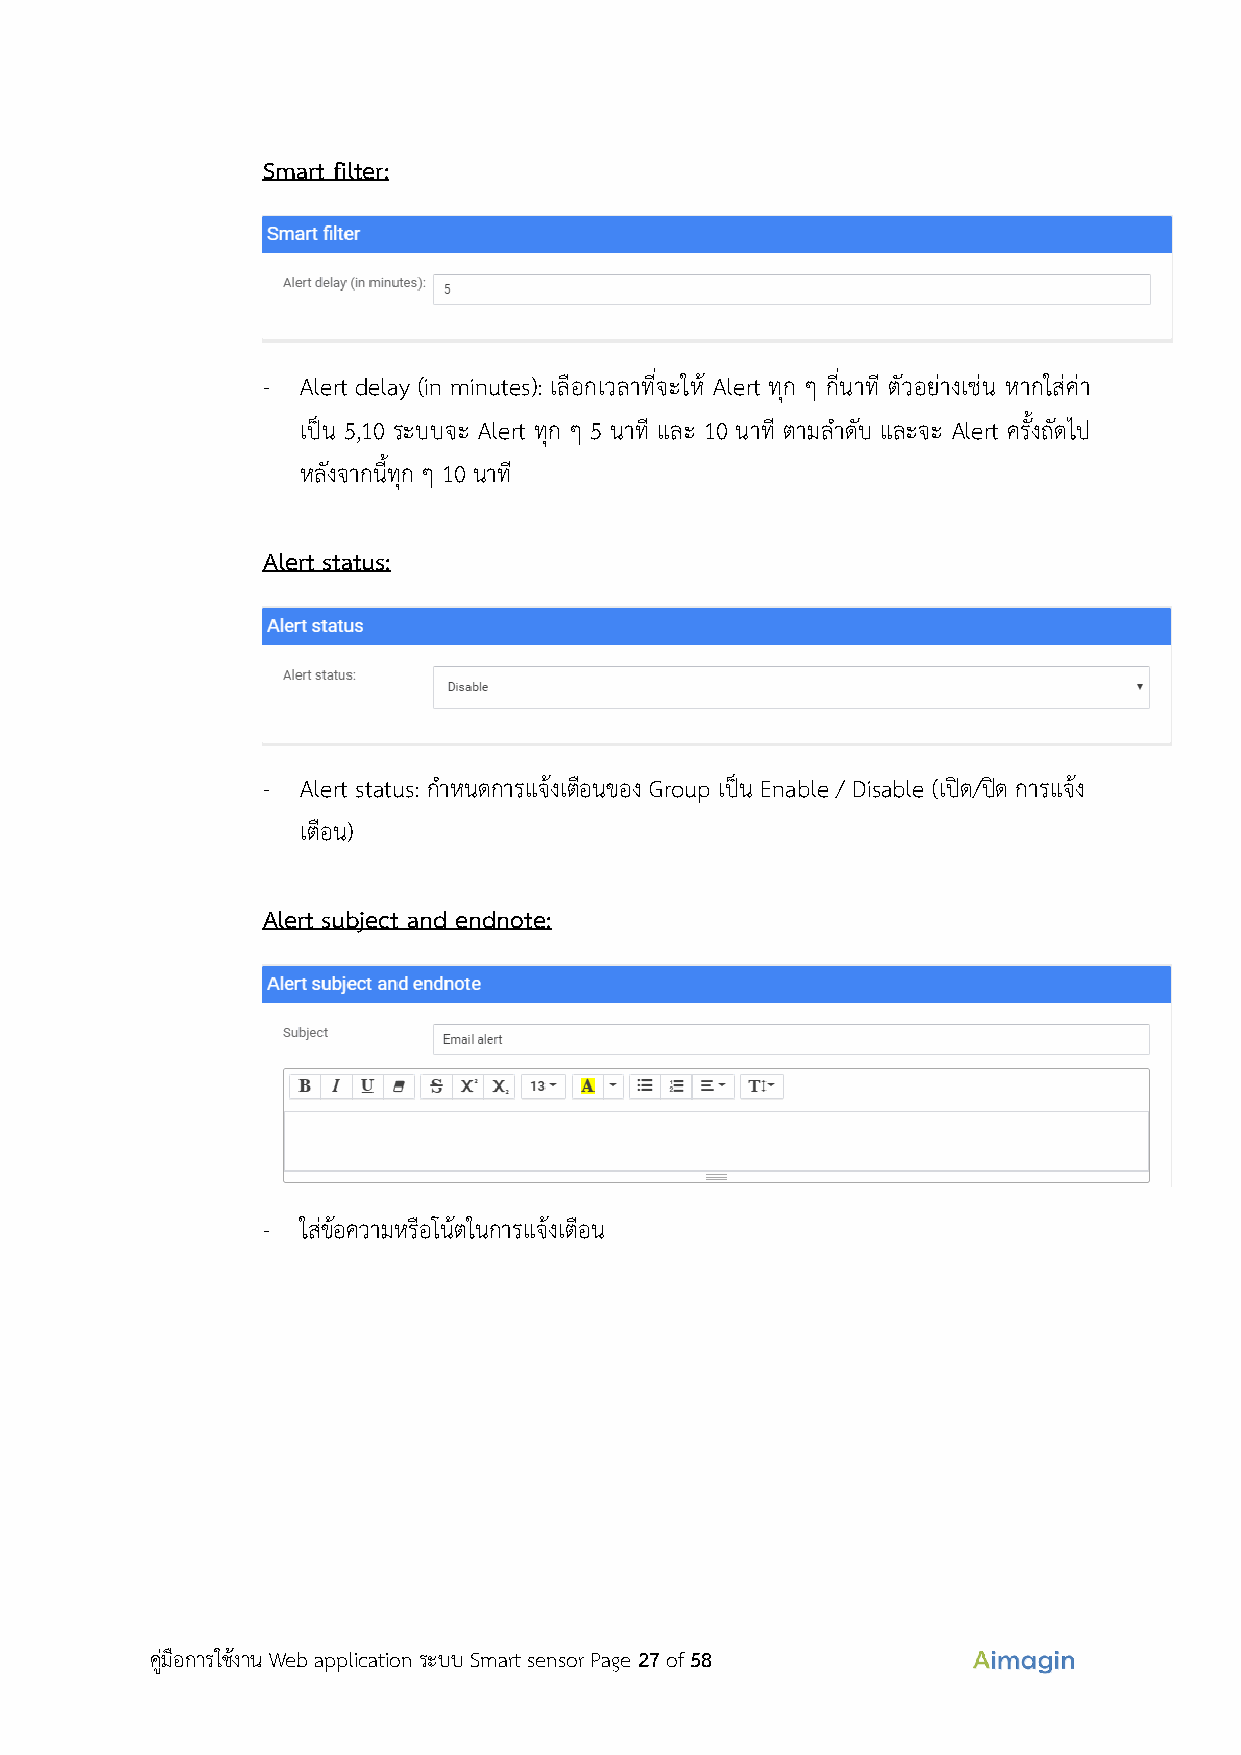
Smart filter:
 -  Alert delay (in minutes): เลือกเวลาที่จะให้ Alert ทุก ๆ กี่นาที ตัวอย่างเช่น หากใส่ค่า
 เป็น 5,10 ระบบจะ Alert ทุก ๆ 5 นาที และ 10 นาที ตามลำดับ และจะ Alert ครั้งถัดไป
 หลังจากนี้ทุก ๆ 10 นาท ี
 Alert status:
 -  Alert status: กำหนดการแจ้งเตือนของ Group เป็น Enable / Disable (เปิด/ปิด การแจ้ง
 เตือน)
 Alert subject and endnote:
 -  ใส่ข้อความหรือโน้ตในการแจ้งเตือน
 คู่มือการใช้งาน Web application ระบบ Smart sensor Page 27 of 58